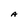
Character: A